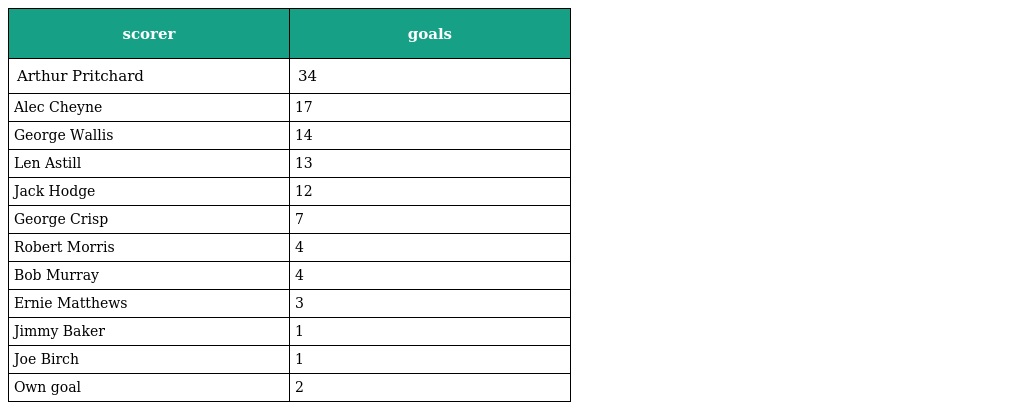
| scorer | goals |
 | --- | --- |
 | Arthur Pritchard | 34 |
 | Alec Cheyne | 17 |
 | George Wallis | 14 |
 | Len Astill | 13 |
 | Jack Hodge | 12 |
 | George Crisp | 7 |
 | Robert Morris | 4 |
 | Bob Murray | 4 |
 | Ernie Matthews | 3 |
 | Jimmy Baker | 1 |
 | Joe Birch | 1 |
 | Own goal | 2 |